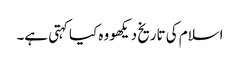
اسلام کی تاریخ دیکھو وہ کیا کہتی ہے۔